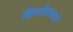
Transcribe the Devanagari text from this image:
विश्‍लेषणाचे